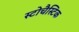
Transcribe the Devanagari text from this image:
स्टोचैस्टिक